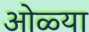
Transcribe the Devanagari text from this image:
ओळ्या